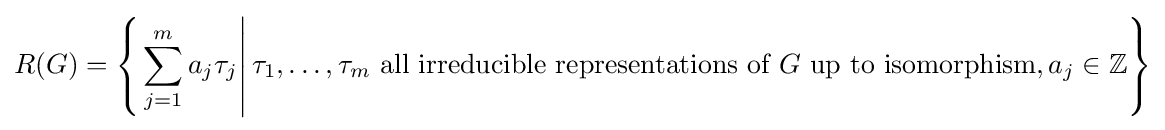
R(G)=\left\{\left.\sum _{j=1}^{m}a_{j}\tau _{j}\right|\tau _{1},\ldots ,\tau _{m}{\text{ all irreducible representations of }}G{\text{ up to isomorphism}},a_{j}\in \mathbb {Z} \right\}